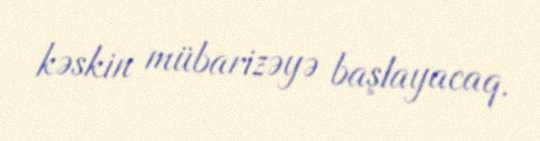
kəskin mübarizəyə başlayacaq.